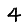
Digit: 4